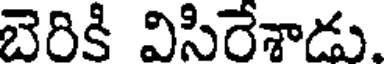
బెరికి విసిరేశాడు.